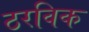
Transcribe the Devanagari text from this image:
ठरविक